Civil Veterinary Dept. Bombay admin report 1900-1906 - 1900-1906
Year: 1900
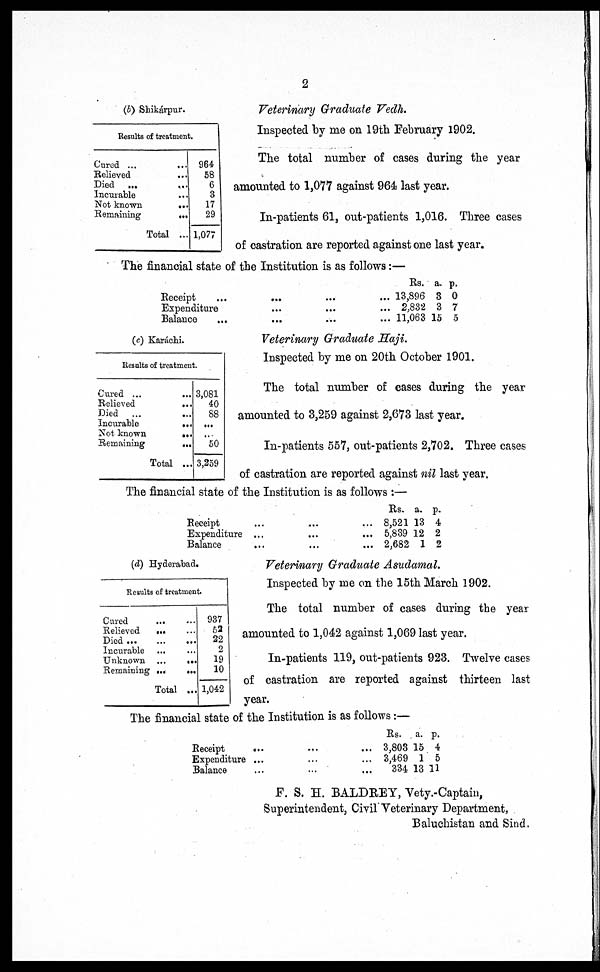
2
(b) Shikárpur.
Results of treatment
Cured ...
...
Relieved
...
Died ... ...
Incurable ...
Not known
...
Remaining
...
Total ...
964
58
6
3
17
29
1,077
Veterinary Graduate Vedh.
Inspected by me on 19th February 1902.
The total number of cases during the year
amounted to 1,077 against 964 last year.
In-patients 61, out-patients 1,016. Three cases
of castration are reported against one last year.
The financial state of the Institution is as follows:—
Receipt
...
...
...
Expenditure
...
...
Balance
...
...
...
Rs.
13,896
2,832
11,063
a.
3
3
15
p.
0
7
5
(c) Karáchi.
Results of treatment.
Cured ... ...
Relieved
...
Died
...
...
Incurable
...
Not known
...
Remaining
...
Total ...
3,081
40
88
...
...
50
3,259
Veterinary Graduate Haji.
Inspected by me on 20th October 1901.
The total number of cases during the year
amounted to 3,259 against 2,673 last year.
In-patients 557, out-patients 2,702. Three cases
of castration are reported against nil last year.
The financial state of the Institution is as follows :—
Receipt
...
...
...
Expenditure ...
...
...
Balance
...
...
...
Rs.
8,521
5,839
2,682
a.
13
12
1
p.
4
2
2
(d) Hyderabad.
Results of treatment.
Cured
...
...
Relieved
...
...
Died
...
...
...
Incurable ... ...
Unknown
...
...
Remaining ...
...
Total ...
937
52
22
2
19
10
1,042
Veterinary Graduate Asudamal.
Inspected by me on the 15th March 1902.
The total number of cases during the year
amounted to 1,042 against 1,069 last year.
In-patients 119, out-patients 923. Twelve cases
of castration are reported against thirteen last
year.
The financial state of the Institution is as follows:—
Receipt
...
...
...
Expenditure ...
...
...
Balance ... ... ...
Rs.
3,803
3,469
334
a.
15
1
13
p.
4
5
11
F. S. H. BALDREY, Vety.-Captain,
Superintendent, Civil Veterinary Department,
Baluchistan and Sind.